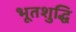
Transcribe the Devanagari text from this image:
भूतशुद्धि